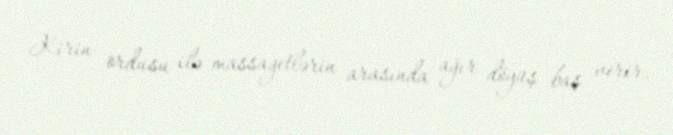
Kirin ordusu ilə massagetlərin arasında ağır döyüş baş verir.